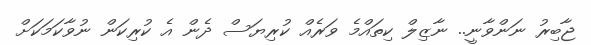
ޖާބިރު ނަންވާނީ.. ނާޒިލް ކިތައްމެ ވަރެއް ކުރިޔަސް ދެން އެ ކުރިކަން ނުވާކަމަކަށް